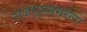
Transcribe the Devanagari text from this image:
राजगुरुनगरला